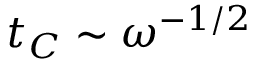
t _ { C } \sim \omega ^ { - 1 / 2 }